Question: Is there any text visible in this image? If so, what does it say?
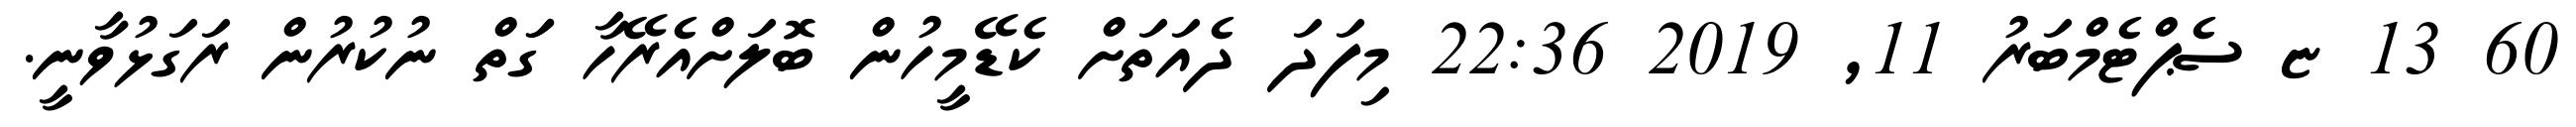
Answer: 60 13 ޏ ސެޕްޓެމްބަރު 11, 2019 22:36 މިފަދަ ދެއަތަށް ކެޑޭމީހުން ބޮލަށްއެރޭހާ ގަަތް ނުކުރުން ރަގަޅުވާނީ.